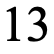
13